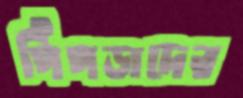
পিঁপড়াদের